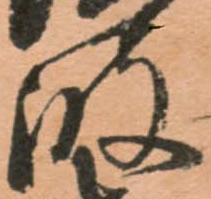
波